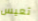
تعيس